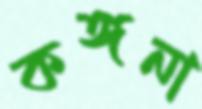
কঙ্গনা